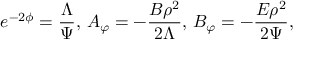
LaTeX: e ^ { - 2 \phi } = \frac { \Lambda } { \Psi } , \, A _ { \varphi } = - \frac { B \rho ^ { 2 } } { 2 \Lambda } , \, B _ { \varphi } = - \frac { E \rho ^ { 2 } } { 2 \Psi } ,